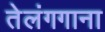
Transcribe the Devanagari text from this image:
तेलंगगाना